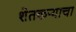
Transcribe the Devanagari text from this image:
शेतकऱ्याचा